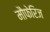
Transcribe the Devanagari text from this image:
मौफेरिज